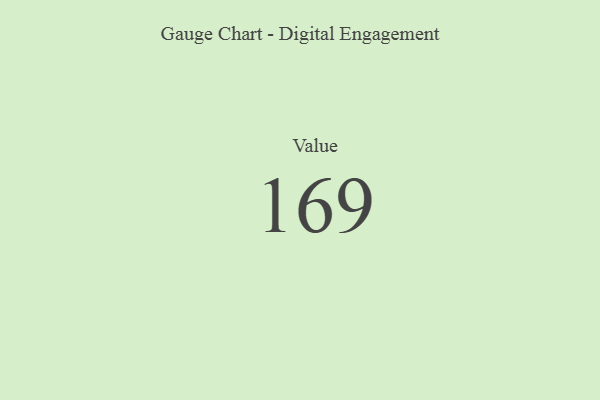
{"axis": {"x": "Metric", "y": "Value"}, "legend": [""], "data": [{"x": "Value", "y": 169, "type": ""}]}